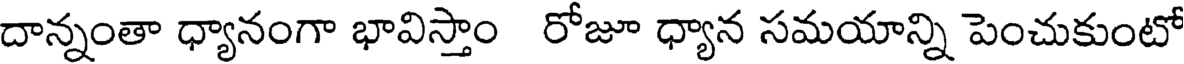
దాన్నంతా ధ్యానంగా భావిస్తాం రోజూ ధ్యాన సమయాన్ని పెంచుకుంటో